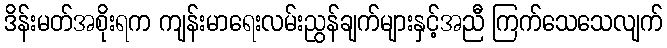
ဒိန်းမတ်အစိုးရက ကျန်းမာရေးလမ်းညွန်ချက်များနှင့်အညီ ကြက်သေသေလျက်